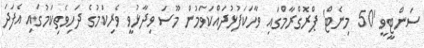
ސަންޓީވީ '50 މިނެޓް' ޕްރޮގްރާމްގައި ވާހަކަފުޅުދައްކަވަމުން މޫސަ ވިދާޅުވީ ވެރިކަމުގެ ދަހިވެތިކަމުގައި އެފަދަ